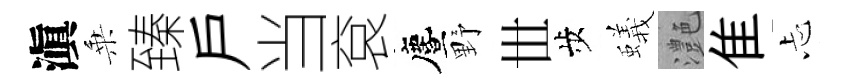
滇乗臻戶当袞󵨌野𠀍歩蟻灔隹忐